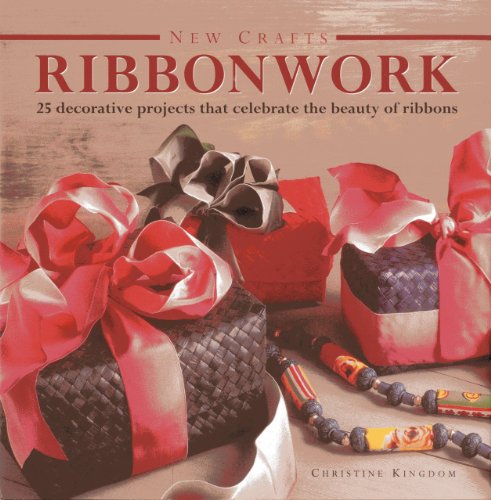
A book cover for New Crafts: Ribbonwork: 25 decorative projects that celebrate the beauty of ribbonwork; Christine Kingdom; Crafts, Hobbies & Home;